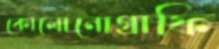
কোলোনোগ্রাফি